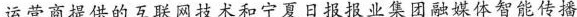
运营商提供的互联网技术和宁夏日报报业集团融媒体智能传播